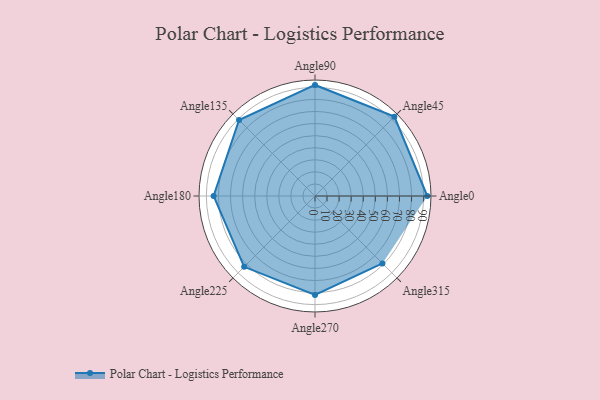
{"axis": {"x": "Angle", "y": "Radius"}, "legend": [""], "data": [{"x": "Angle0", "y": 93.0, "type": ""}, {"x": "Angle45", "y": 93.0, "type": ""}, {"x": "Angle90", "y": 92.0, "type": ""}, {"x": "Angle135", "y": 89.0, "type": ""}, {"x": "Angle180", "y": 84.0, "type": ""}, {"x": "Angle225", "y": 83.0, "type": ""}, {"x": "Angle270", "y": 82.0, "type": ""}, {"x": "Angle315", "y": 79.0, "type": ""}]}